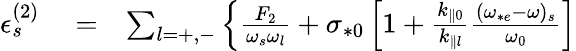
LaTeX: \begin{array}{rlr}{\epsilon_{s}^{(2)}}&{{}=}&{\sum_{l=+,-}\left\{ \frac{F_{2}}{\omega_{s}\omega_{l}}+\sigma_{*0}\left[1+\frac{k_{\parallel 0}}{k_{\parallel l}}\frac{(\omega_{*e}-\omega)_{s}}{\omega_{0}}\right]\right.}\end{array}